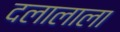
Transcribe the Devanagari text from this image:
दलालाला